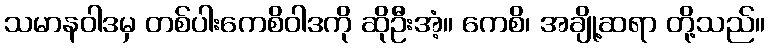
သမာနဝါဒမှ တစ်ပါးကေစိဝါဒကို ဆိုဦးအံ့။ ကေစိ၊ အချို့ဆရာ တို့သည်။